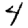
Digit: 4